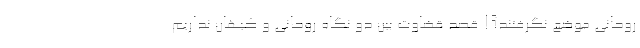
روحانی موضع نگرفتند؟! قصد قضاوت بین دو نگاه روحانی و کیهان نداریم